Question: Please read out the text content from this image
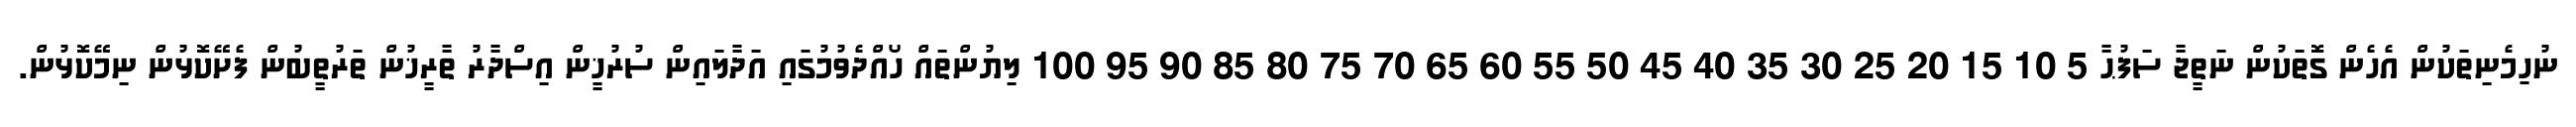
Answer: ނުހިމެނިތަކުން އެހެން ގޮތަކުން ނަތީޖާ ސަފުޙާ 5 10 15 20 25 30 35 40 45 50 55 60 65 70 75 80 85 90 95 100 ލިޔުންތައް ހޯއްދެވުމުގައި އަދާލައިން ސުރުޚީން އިސްދާރު ތާރީޚުން ތަރުތީބުން ފެށޭކޮޅުން ނިމޭކޮޅުން.